Leaving Certificate Examination, 1919
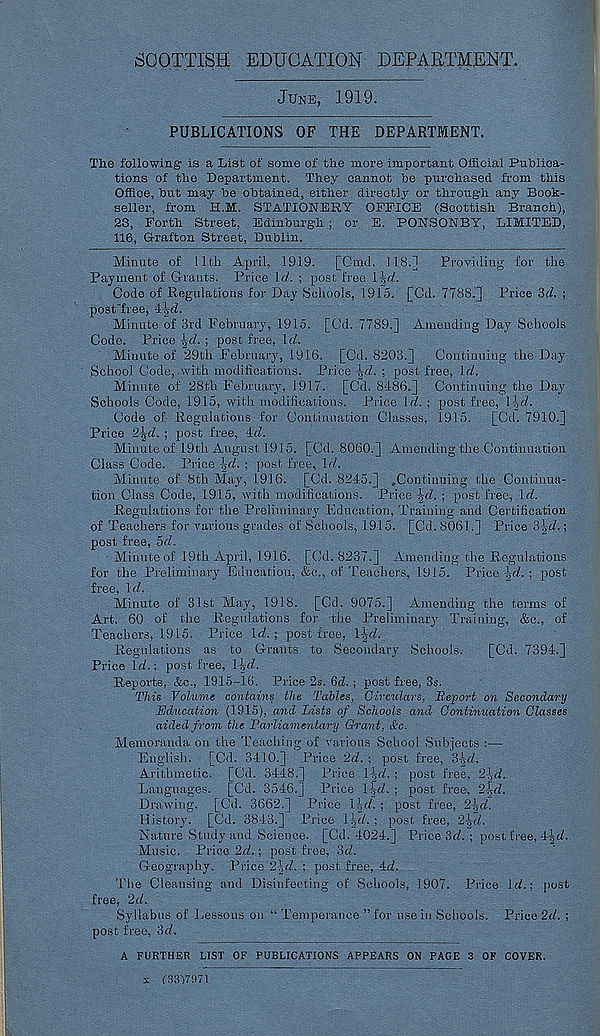
SCOTTISH EDUCATION DEPARTMENT.
JUNE, 1919.
PUBLICATIONS OF THE DEPARTMENT.
The following 1 is a List of some of the more important Official Publica-
tions of the Department. They cannot be purchased from this
Office, but may be obtained, either directly or through any Book-
seller, from H.M. STATIONERY OFFICE (Scottish Branch),
23, Forth Street, Edinburgh ; or E. PONSONBY, LIMITED,
116, Grafton Street, Dublin.
Minute of 11th April, 1919. [Cmd. 118.]
Providing for the
Payment of Grants. Price \d. ; post free l\d.
Code of Regulations for Day Schools, 1915. [Cd. 7788.] Price id. ;
post "free, 4-JKL
Minute of 3rd February, 1915. [Cd. 7789.] Amending Day Schools
Code. Price \d. ; post free, Id.
Minute of 29th February, 1916. [Cd. 8203.] Continuing the Day-
School Code,-with modifications. Price \d. ; post free, Iri.
Minute of 28th February, 1917. [Cd. 8486.] Continuing the Day
Schools Code, 1915, with modifications. Price Id. ; post free, \\d.
Code of Regulations for Continuation Classes, 1915. [Cd. 7910.]
Price 2!jd. ; post free, id.
Minute of 19th August 1915. [Cd. 8060.] Amending the Continuation
Class Code. Price \d. ; post free, \d,.
Minute of 8th May, 1916. [Cd. 8245.] .Continuing the Continua-
tion Class Code, 1915, with modifications. Price \d. ; post free, Itf.
Regulations for the Preliminary Education, Training and Certification
of Teachers for various grades of Schools, 1915. [Cd. 8061.] Price 3|rf.;
post free, 5<7.
Minute of 19th April, 1916. [Cd. 8237.] Amending the Regulations
for the Preliminary Education, &c., of Teachers, 1915. Price \d. ; post
free, 1 d.
Minute of 31st May, 1918. [Cd. 9075.] Amending the terms of
Art. 60 of the Regulations for the Preliminary Training, &e., of
Teachers, 1915. Price Id.; post free, \^d.
Regulations as to Grants to Secondary Schools.
[Cd. 7394.]
Price Id.; post free, \\d.
Reports, &c., 1915-16. Price 2s. 6d. ; post free, 3s.
This Volume contains the Tables, Circulars, Report on Secondary
Education (1915), and Lists of Schools and Continuation Classes
aided from the Parliamentary Ch'ant, &c.
Memoranda on the Teaching of various School Subjects ;—
English. [Cd. 3410.] Price 2d. ; post free, 3-|d.
Arithmetic.
Cd. 3448.] Price 1-gd. ; post free, 2^d.
Languages. [Cd. 3546.] Price l^d. ; post free, 2-fd.
Drawing. [Cd. 3662.] Price l-gd. ; post free, 2-gd.
History 1 . [Cd. 3843.] Price i^d. ; post free, 2^d.
Nature Study and Science. [Cd. 4024.] Price 3d. ; post free, 4^d.
Music. Price 2d.; post free, 3d.
Geography. Price 2id. ; post free, 4d.
The Cleansing and Disinfecting of Schools, 1907. Price Id.; post
free, 2d.
Syllabus of Lessons on “ Temperance ” for use in Schools. Price 2d. ;
post free, 3d.
A FURTHER LIST OF PUBLICATIONS APPEARS ON PAGE 3 OF COVER.
x C3317971